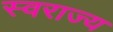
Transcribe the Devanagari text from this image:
स्‍वराज्य